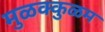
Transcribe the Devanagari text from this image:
मुळक्कुळम